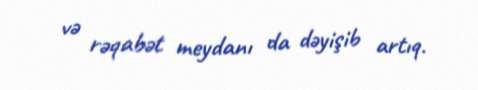
və rəqabət meydanı da dəyişib artıq.